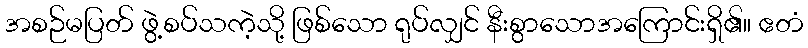
အစဉ်မပြတ် ဖွဲ့စပ်သကဲ့သို့ ဖြစ်သော ရုပ်လျှင် နီးစွာသောအကြောင်းရှိ၏။ ဧတံ